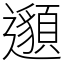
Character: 𨘷